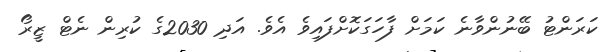
ކަރަންޓު ބޭނުންވާނެ ކަމަށް ފާހަގަކޮށްފައިވެ އެވެ. އަދި 2030ގެ ކުރިން ނެޓް ޒީރޯ